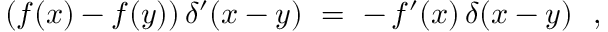
( f ( x ) - f ( y ) ) \, \delta ^ { \prime } ( x - y ) ~ = ~ - \, f ^ { \prime } ( x ) \, \delta ( x - y ) ~ ~ ,